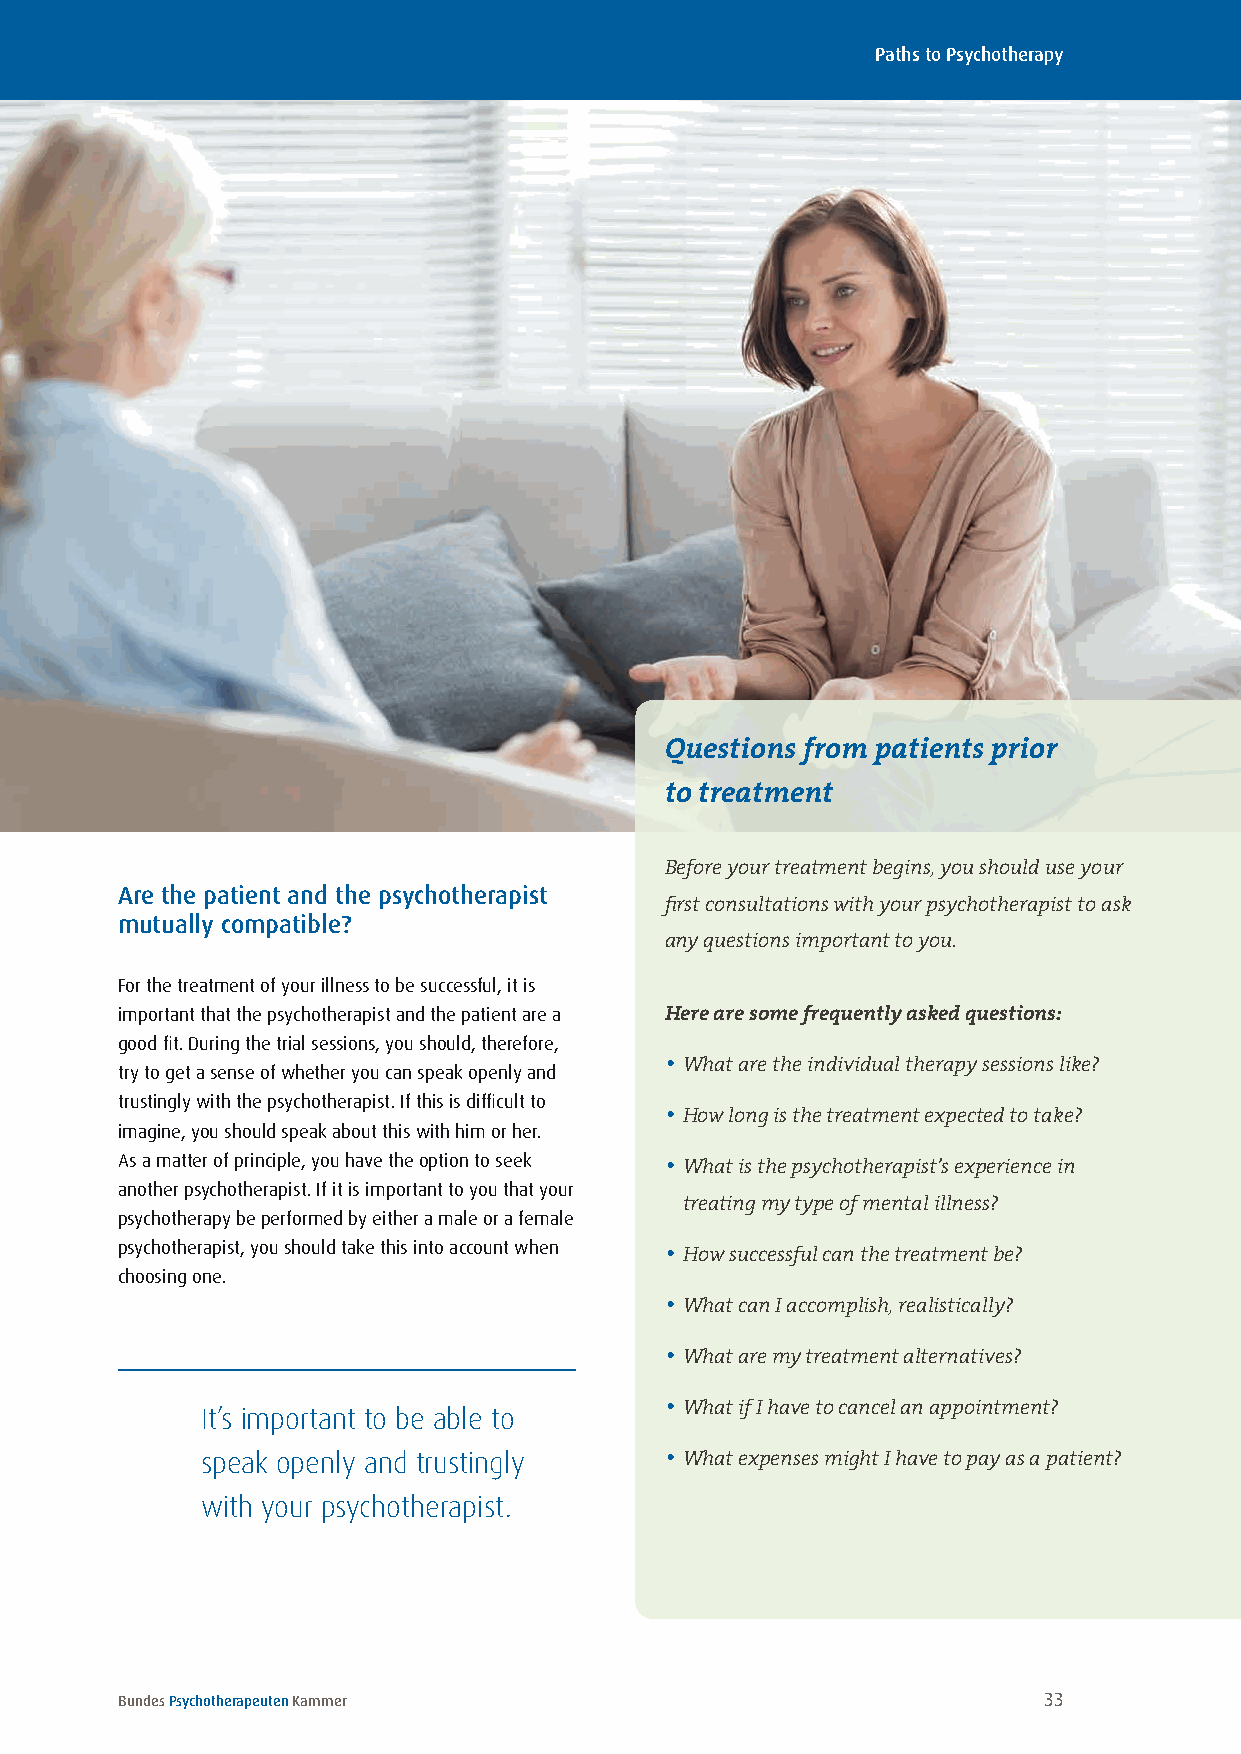
Paths to Psychotherapy
 Questions from patients prior
 to treatment
 Before your treatment begins, you should use your
 Are the patient and the psychotherapist
 first consultations with your psychotherapist to ask
 mutually compatible?
 any questions important to you.
 For the treatment of your illness to be successful, it is
 important that the psychotherapist and the patient are a Here are some frequently asked questions:
 good fit . During the trial sessions, you should, therefore,
 try to get a sense of whether you can speak openly and • What are the individual therapy sessions like?
 trustingly with the psychotherapist . If this is difficult to
 • How long is the treatment expected to take?
 imagine, you should speak about this with him or her .
 As a matter of principle, you have the option to seek • What is the psychotherapist’s experience in
 another psychotherapist . If it is important to you that your
 treating my type of mental illness?
 psychotherapy be performed by either a male or a female
 psychotherapist, you should take this into account when • How successful can the treatment be?
 choosing one .
 • What can I accomplish, realistically?
 • What are my treatment alternatives?
 It’s important to be able to   • What if I have to cancel an appointment?
 speak openly and trustingly    • What expenses might I have to pay as a patient?
 with your psychotherapist.
 Bundes Psychotherapeuten Kammer                              33